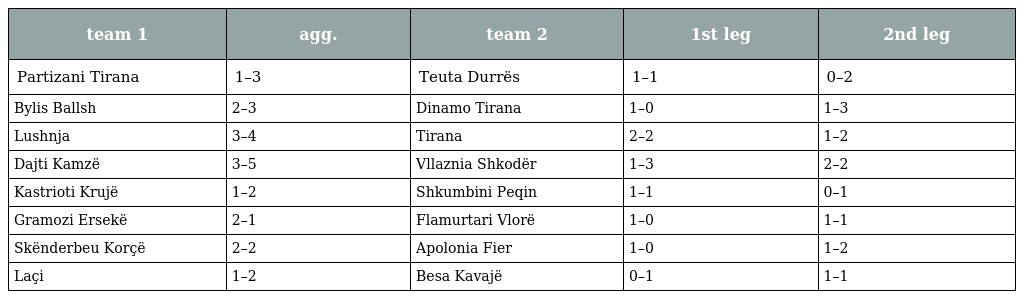
| team 1 | agg. | team 2 | 1st leg | 2nd leg |
 | --- | --- | --- | --- | --- |
 | Partizani Tirana | 1–3 | Teuta Durrës | 1–1 | 0–2 |
 | Bylis Ballsh | 2–3 | Dinamo Tirana | 1–0 | 1–3 |
 | Lushnja | 3–4 | Tirana | 2–2 | 1–2 |
 | Dajti Kamzë | 3–5 | Vllaznia Shkodër | 1–3 | 2–2 |
 | Kastrioti Krujë | 1–2 | Shkumbini Peqin | 1–1 | 0–1 |
 | Gramozi Ersekë | 2–1 | Flamurtari Vlorë | 1–0 | 1–1 |
 | Skënderbeu Korçë | 2–2 | Apolonia Fier | 1–0 | 1–2 |
 | Laçi | 1–2 | Besa Kavajë | 0–1 | 1–1 |